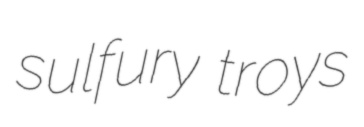
sulfury troys